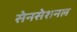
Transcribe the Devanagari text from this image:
सेनसेशनल